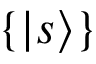
\{ | s \rangle \}